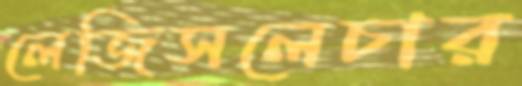
লেজিসলেচার